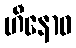
ဟီနောဝ